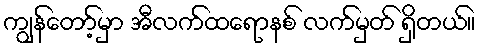
ကျွန်တော့်မှာ အီလက်ထရောနစ် လက်မှတ် ရှိတယ်။